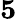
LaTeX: \le 5